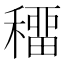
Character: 𥢋